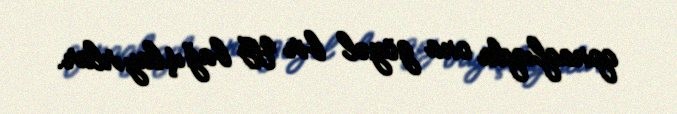
qonaqlıqda ona gözəl bir qız bağışlayırlar.